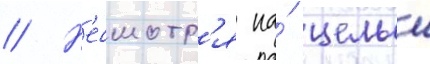
// Н'есмотр'я на́ целыи